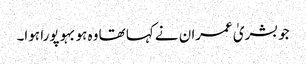
جو بشریٰ عمران نے کہا تھا وہ ہوبہو پورا ہوا۔